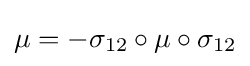
\mu =-\sigma _{12}\circ \mu \circ \sigma _{12}